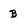
Character: B